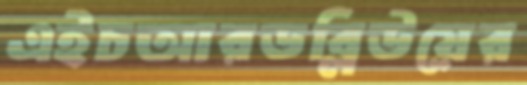
এইচআরডব্লিউয়ের